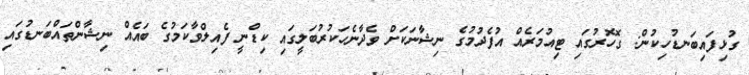
ގުޅިފައިބަނޑުހިކުން: ގޮހޮރުގައި ޓިއުމަރެއް އުފެދުމުގެ ނިޝާނަކަށް ވެދާނެހަކުރުބަލީގައި ކިޑްނީ ފެއިލްވާކަމުގެ ބައެއް ނިޝާންތައްބަނޑުގައި